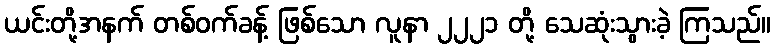
ယင်းတို့အနက် တစ်ဝက်ခန့် ဖြစ်သော လူနာ ၂၂၂၁ တို့ သေဆုံးသွားခဲ့ ကြသည်။